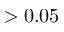
> 0 . 0 5